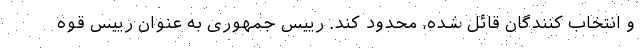
و انتخاب کنندگان قائل شده، محدود کند. رییس جمهوری به عنوان رییس قوه